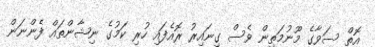
އޮތް ސަވާގެ މޫނުމަތިން ވެސް ގިނައިރު ރޮއެފައި ހުރި ކަމުގެ ނިޝާންތައް ފެންނަން